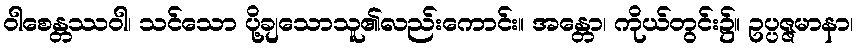
ဝါစေန္တဿဝါ၊ သင်သော ပို့ချသောသူ၏လည်းကောင်း။ အန္တော၊ ကိုယ်တွင်း၌။ ဥပ္ပဇ္ဇမာနာ၊